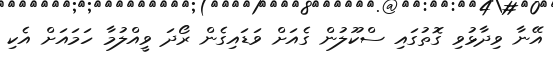
އޭނާ ވިދާޅުވި ގޮތުގައި ސްކޫލުން ގެއަށް ވަޑައިގެން ރޯދަ ވީއްލުމާ ހަމައަށް އެކި